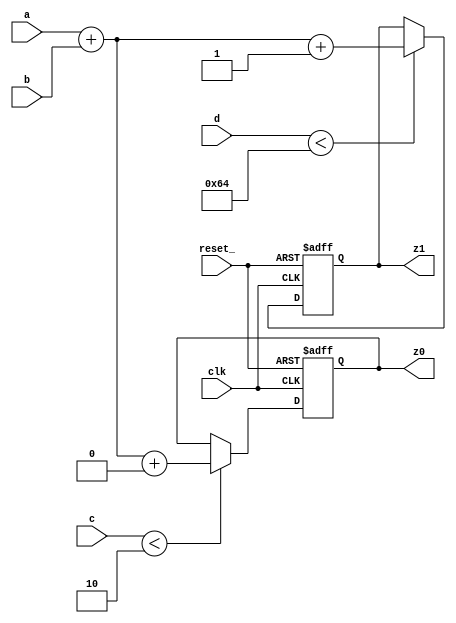
module simple_design(clk, reset_, a, b, c, d, z0, z1);

	input clk;
	input reset_;

	input [7:0] a;
	input [7:0] b;
    input [2:0] c;
    input [5:0] d;
	output [7:0] z0;
	output [7:0] z1;

	always @(posedge clk, negedge reset_)
        if (!reset_) begin
			z0 <= 0;
			z1 <= 0;
        end
        else begin
            if (c<2)
			    z0 <= a + b + 0;
            if (d<100)
			    z1 <= a + b + 1;
        end

endmodule